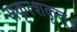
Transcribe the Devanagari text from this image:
सकृत्शकृत्॥